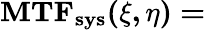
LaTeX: \mathbf{MTF_{sys}(\xi,\eta)=}